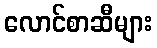
လောင်စာဆီများ